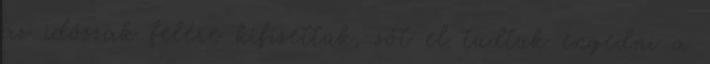
az időszak felére kifizettük, sőt el tudtuk engedni a